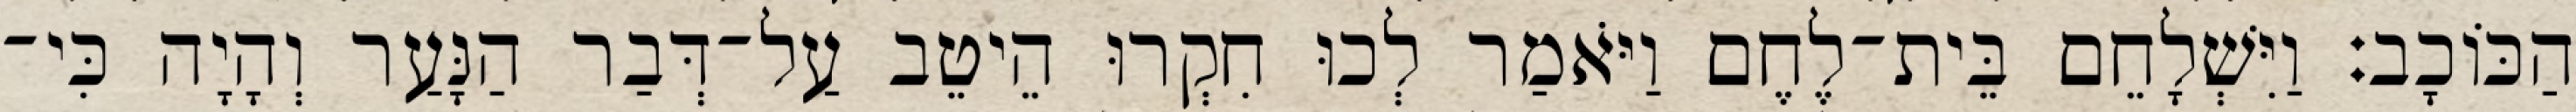
הַכּוֹכָב׃ וַיִּשְׁלָחֵם בֵּית־לֶחֶם וַיֹּאמַר לְכוּ חִקְרוּ הֵיטֵב עַל־דְּבַר הַנָּעַר וְהָיָה כִּי־